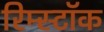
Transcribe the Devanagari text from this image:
रिम्स्टॉक